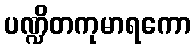
ပဏ္ဍိတကုမာရကော